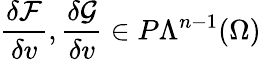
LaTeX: \frac{\delta\mathcal{F}}{\delta v},\frac{\delta\mathcal{G}}{\delta v}\in P\Lambda^{n-1}(\Omega)